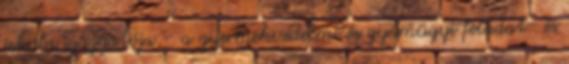
iskola igazgatója – a gyermekvédelmi és gyámügyi feladat- és